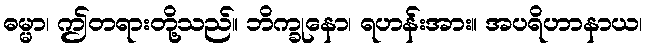
ဓမ္မာ၊ ဤတရားတို့သည်။ ဘိက္ခုနော၊ ရဟန်းအား။ အပရိဟာနာယ၊